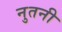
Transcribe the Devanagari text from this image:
नुतनी